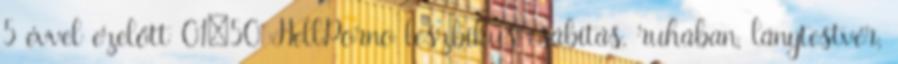
5 évvel ezelőtt 01:50 HellPorno leszbikus csábítás, ruhában, lánytestvér,